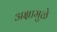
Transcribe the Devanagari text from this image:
अक्षामुळे